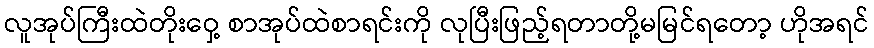
လူအုပ်ကြီးထဲတိုးဝှေ့ စာအုပ်ထဲစာရင်းကို လုပြီးဖြည့်ရတာတို့မမြင်ရတော့ ဟိုအရင်